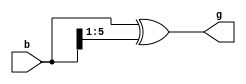
// This program was cloned from: https://github.com/MikeS11/MiSTerFPGA_YC_Encoder
// License: MIT License

// Gray counter

module gray_count
(
	input   [5:0]   b,
  	output  [5:0]   g
);
  assign g = b ^ (b >> 1);

endmodule